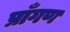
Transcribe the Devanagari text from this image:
प्राँगण